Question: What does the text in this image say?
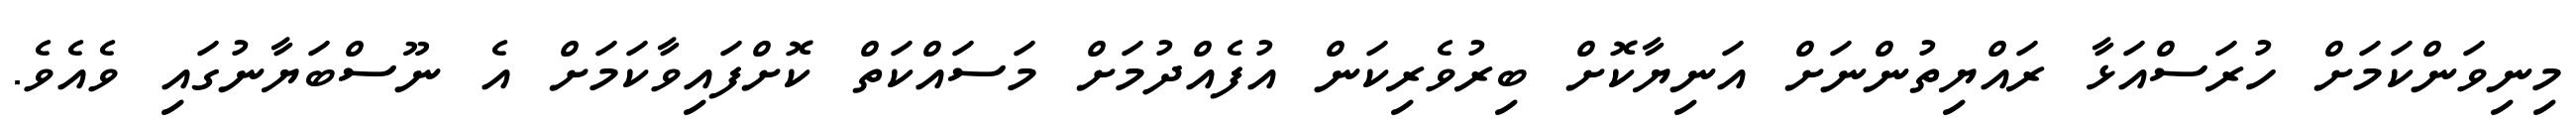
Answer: މިނިވަންކަމަށް ހުރަސްއަޅާ ރައްޔިތުންނަށް އަނިޔާކޮށް ބިރުވެރިކަން އުފެއްދުމަށް މަސައްކަތް ކޮށްފައިވާކަމަށް އެ ނޫސްބަޔާނުގައި ވެއެވެ.